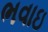
ભવાઇ